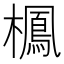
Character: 𣝲